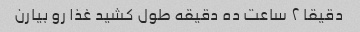
دقیقا ٢ ساعت ده دقیقه طول کشید غذا رو بیارن